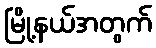
မြို့နယ်အတွက်